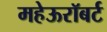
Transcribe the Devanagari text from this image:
महेऊरॉबर्ट